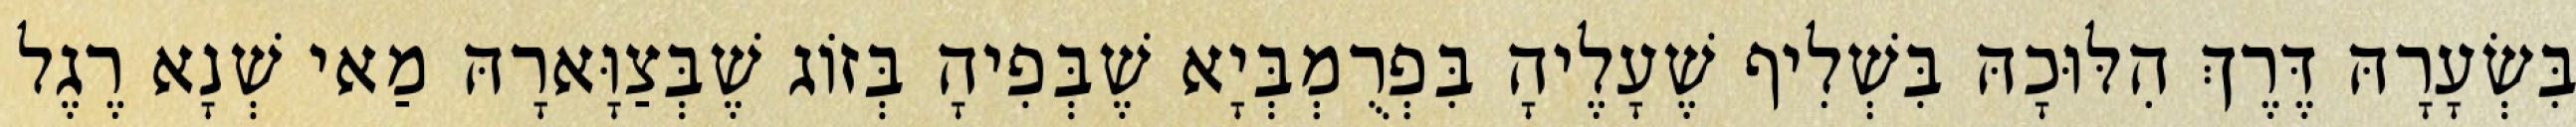
בִּשְׂעָרָהּ דֶּרֶךְ הִלּוּכָהּ בִּשְׁלִיף שֶׁעָלֶיהָ בִּפְרֻמְבְּיָא שֶׁבְּפִיהָ בְּזוֹג שֶׁבְּצַוָּארָהּ מַאי שְׁנָא רֶגֶל